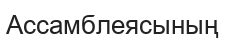
Ассамблеясының